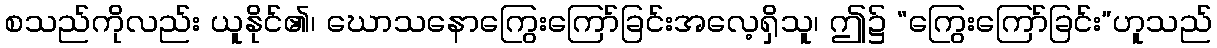
စသည်ကိုလည်း ယူနိုင်၏၊ ဃောသနောကြွေးကြော်ခြင်းအလေ့ရှိသူ၊ ဤ၌ “ကြွေးကြော်ခြင်း”ဟူသည်